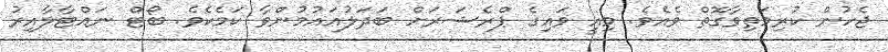
ޖެހުން ކުރިމަތިވާގޮތް ވެއެވެ. މިއީ ވައިގެ ޕްރެޝަރަށް ބަދަލުއައުމުންވާ ކަމެކެވެ. ބޯޓް ނައްޓާލާއިރު